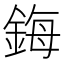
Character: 鋂